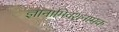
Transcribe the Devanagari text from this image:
ज्ञानामिवंशनामक